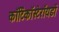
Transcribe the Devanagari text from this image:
कॉर्टिकॉस्टेरॉयडों